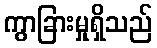
ကွာခြားမှုရှိသည်